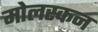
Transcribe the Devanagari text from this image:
मोलस्कन